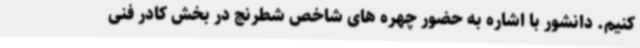
کنیم. دانشور با اشاره به حضور چهره های شاخص شطرنج در بخش کادر فنی